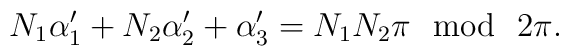
N_1\alpha_1^{\prime}+N_2\alpha_2^{\prime}+\alpha_3^{\prime}=N_1N_2\pi ~~{\rm mod}~~2\pi.